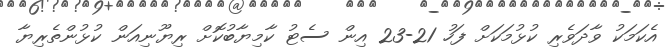
އެކަމަކު ވާދަވެރި ކުޅުމަކަށް ފަހު 21-23 އިން ސެޓު ކާމިޔާބުކޮށް ރިޔޫނިއަން ކުޅުންތެރިޔާ